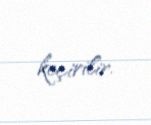
keçirilir.